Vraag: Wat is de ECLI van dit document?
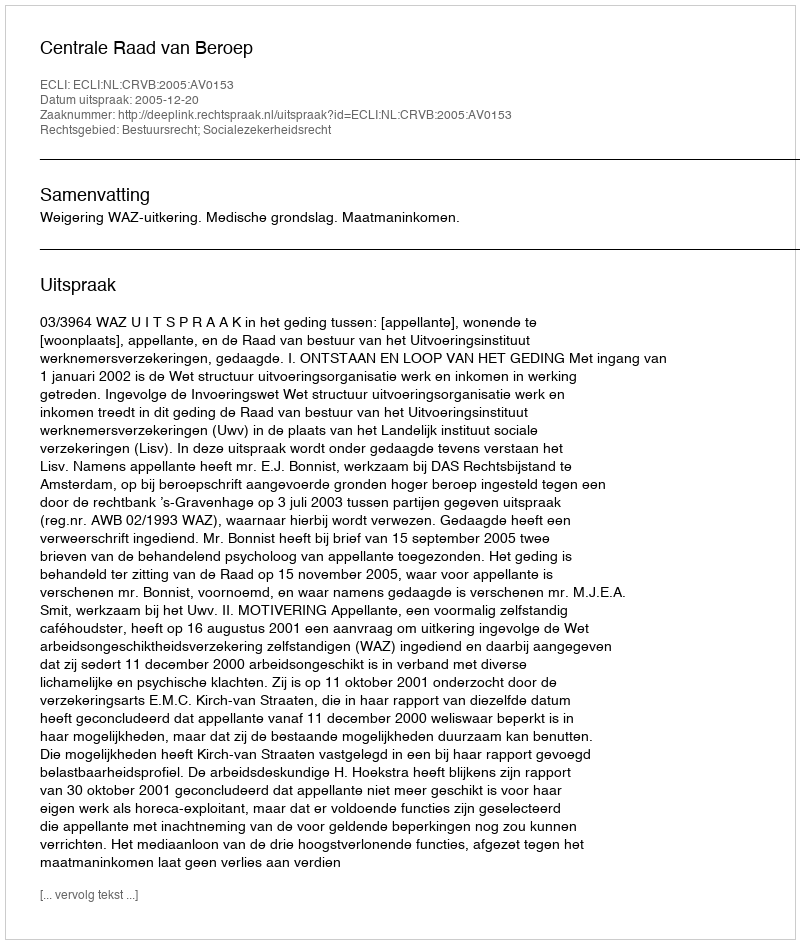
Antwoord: ECLI:NL:CRVB:2005:AV0153